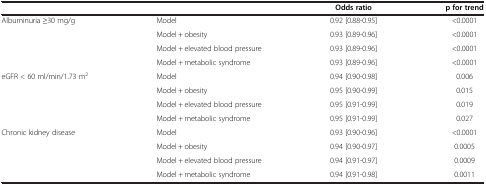
<table><thead><tr><td><b> </b></td><td><b> </b></td><td><b>Odds ratio</b></td><td><b>p for trend</b></td></tr></thead><tbody><tr><td>Albuminuria ≥30 mg/g</td><td>Model</td><td>0.92 [0.88-0.95]</td><td>&lt;0.0001</td></tr><tr><td> </td><td>Model + obesity</td><td>0.93 [0.89-0.96]</td><td>&lt;0.0001</td></tr><tr><td> </td><td>Model + elevated blood pressure</td><td>0.93 [0.89-0.96]</td><td>&lt;0.0001</td></tr><tr><td> </td><td>Model + metabolic syndrome</td><td>0.93 [0.89-0.96]</td><td>&lt;0.0001</td></tr><tr><td>eGFR &lt; 60 ml/min/1.73 m<sup>2</sup></td><td>Model</td><td>0.94 [0.90-0.98]</td><td>0.006</td></tr><tr><td> </td><td>Model + obesity</td><td>0.95 [0.90-0.99]</td><td>0.015</td></tr><tr><td> </td><td>Model + elevated blood pressure</td><td>0.95 [0.91-0.99]</td><td>0.019</td></tr><tr><td> </td><td>Model + metabolic syndrome</td><td>0.95 [0.91-0.99]</td><td>0.027</td></tr><tr><td>Chronic kidney disease</td><td>Model</td><td>0.93 [0.90-0.96]</td><td>&lt;0.0001</td></tr><tr><td> </td><td>Model + obesity</td><td>0.94 [0.90-0.97]</td><td>0.0005</td></tr><tr><td> </td><td>Model + elevated blood pressure</td><td>0.94 [0.91-0.97]</td><td>0.0009</td></tr><tr><td> </td><td>Model + metabolic syndrome</td><td>0.94 [0.91-0.98]</td><td>0.0011</td></tr></tbody></table>